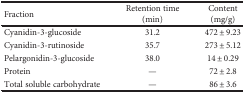
<table><thead><tr><td><b>Fraction</b></td><td><b>Retention time (min)</b></td><td><b>Content (mg/g)</b></td></tr></thead><tbody><tr><td>Cyanidin-3-glucoside</td><td>31.2</td><td>472 ± 9.23</td></tr><tr><td>Cyanidin-3-rutinoside</td><td>35.7</td><td>273 ± 5.12</td></tr><tr><td>Pelargonidin-3-glucoside</td><td>38.0</td><td>14 ± 0.29</td></tr><tr><td>Protein</td><td>—</td><td>72 ± 2.8</td></tr><tr><td>Total soluble carbohydrate</td><td>—</td><td>86 ± 3.6</td></tr></tbody></table>